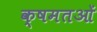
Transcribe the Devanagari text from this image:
क्षमतओं